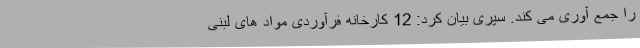
را جمع آوری می کند. سپری بیان کرد: 12 کارخانه فرآوردی مواد های لبنی